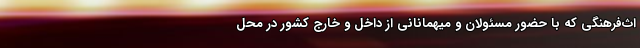
اث‌فرهنگی که با حضور مسئولان و میهمانانی از داخل و خارج کشور در محل